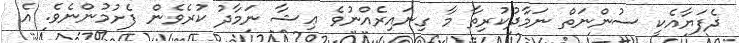
ދެފަޔާއެކީ ސުންނަތް ނަމާދުކުރިތާ މާ ގިނައިރެއްނުވެ ޢިޝާ ނަމާދު ކުރެވެން ފެށުމުންނެވެ. އެ